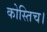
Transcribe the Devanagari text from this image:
कोस्तिच।